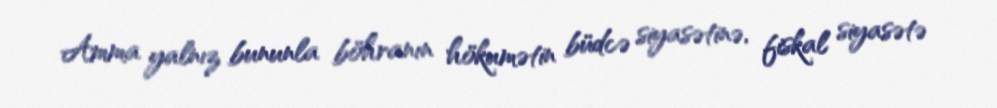
Amma yalnız bununla böhranın hökumətin büdcə siyasətinə, fiskal siyasətə